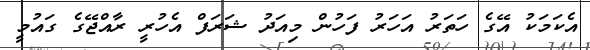
އެކަމަކު އޭގެ ހަތަރު އަހަރު ފަހުން މިއަދު ޝަަރަފް އެހުރީ ރާއްޖޭގެ ގައުމީ